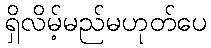
ရှိလိမ့်မည်မဟုတ်ပေ